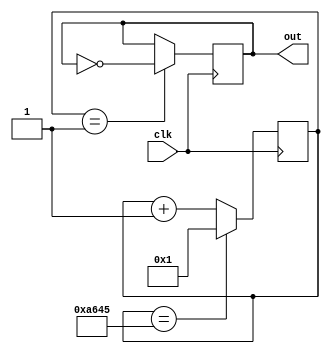
module D (clk, out);
	input clk;
	output out;
	
reg[15:0] clkDivider = 42565;
reg[15:0] counter;

always @(posedge clk)
	if(counter == clkDivider)
		counter <= 1;
	else counter <= counter + 1;
	
reg out;
always @(posedge clk)
	if(counter == 1)
		out <= ~out;

endmodule